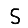
Digit: 5